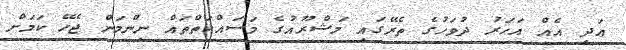
އަދި އެއް އަހަރު ދުވަހުގެ ތެރޭގައި މަޝްރޫއުގެ މަސައްކަތްތައް ނިންމަން ޖެހޭ ކަމަށް